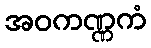
အဝကဏ္ဏကံ